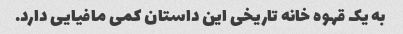
به یک قهوه خانه تاریخی این داستان کمی مافیایی دارد.